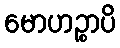
မောဟဉ္စာပိ